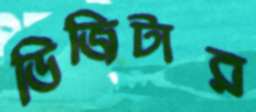
ডিজিটার